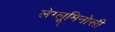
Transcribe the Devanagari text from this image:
लेग्लूमिनोसी